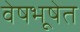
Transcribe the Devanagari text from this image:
वेषभूषेत